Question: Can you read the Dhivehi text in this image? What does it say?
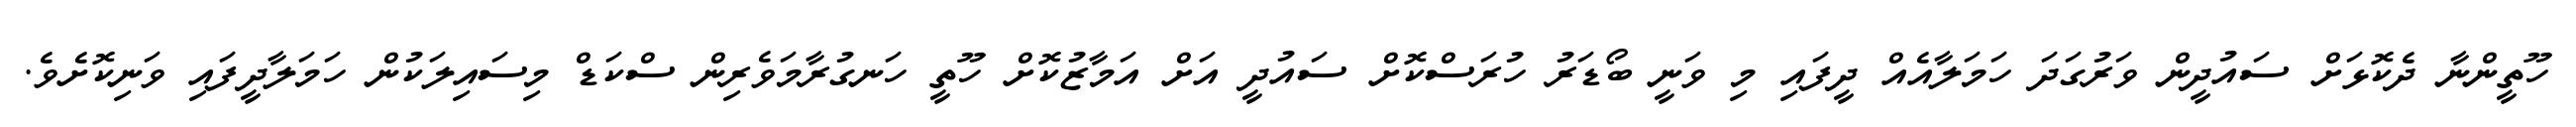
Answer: ހޫތީންނާ ދެކޮޅަށް ސައުދީން ވަރުގަދަ ހަމަލާއެއް ދީފައި މި ވަނީ ބޯޑަރު ހުރަސްކޮށް ސައުދީ އަށް އަމާޒުކޮށް ހޫތީ ހަނގުރާމަވެރިން ސްކަޑް މިސައިލަކުން ހަމަލާދީފައި ވަނިކޮށެވެ.